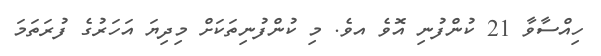
ހިއްސާވާ 21 ކުންފުނި އޮވެ އވެ. މި ކުންފުނިތަކަށް މިދިޔަ އަހަރުގެ ފުރަތަމަ